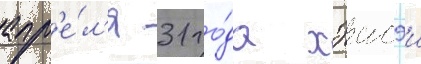
апр'е́л'я 31 го́да хэисэи